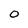
Character: 0